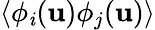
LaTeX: \left<\phi_{\mathit{i}}(\mathbf{{u}})\phi_{j}(\mathbf{{u}})\right>